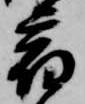
宿